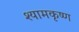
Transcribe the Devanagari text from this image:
श्यामकृष्ण